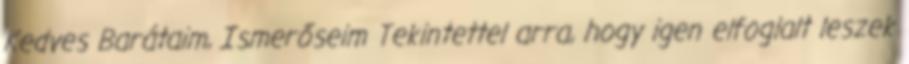
Kedves Barátaim, Ismerőseim Tekintettel arra, hogy igen elfoglalt leszek